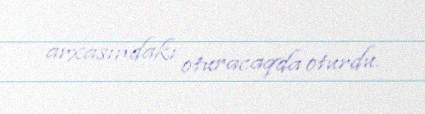
arxasındakı oturacaqda oturdu.